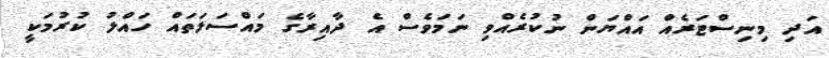
އަދި މިނިސްޓަރެއް އައްޔަން ނުކުރެއްވި ނަމަވެސް އެ ދާއިރާގެ މައްސަލަތައް ހައްލު ކުރުމަކީ